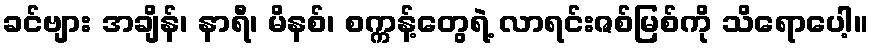
ခင်ဗျား အချိန်၊ နာရီ၊ မိနစ်၊ စက္ကန့်တွေရဲ့ လာရင်းဇစ်မြစ်ကို သိရောပေါ့။